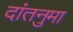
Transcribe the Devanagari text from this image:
दांतनुमा